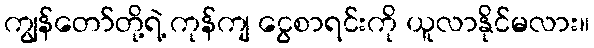
ကျွန်တော်တို့ရဲ့ ကုန်ကျ ငွေစာရင်းကို ယူလာနိုင်မလား။